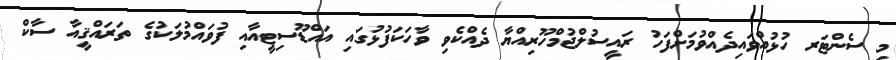
މި ސެންޓަރ ހުޅުއްވައިދެއްވުމަށްފަހު ރައީސުލްޖުމްހޫރިއްޔާ ދެއްކެވި ވާހަކަފުޅުގައި އައްޑޫސިޓީއާއި ފުވައްމުލަކުގެ ތަރައްޤީއާ ސާކް